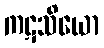
ကဋသိယော